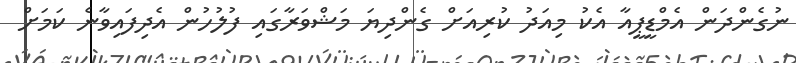
ނުގެންދަން އެމްޑީޕީއާ އެކު މިއަދު ކުރިއަށް ގެންދިޔަ މަޝްވަރާގައި ފުލުހުން އެދިފައިވާނެ ކަމަށް